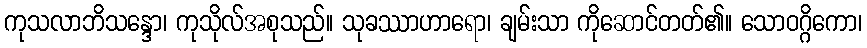
ကုသလာဘိသန္ဒော၊ ကုသိုလ်အစုသည်။ သုခဿာဟာရော၊ ချမ်းသာ ကိုဆောင်တတ်၏။ သောဝဂ္ဂိကော၊